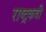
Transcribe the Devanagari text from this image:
राष्ट्रकवी